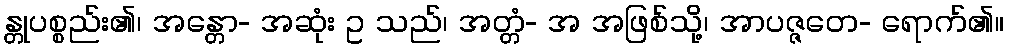
န္တုပစ္စည်း၏၊ အန္တော- အဆုံး ဥ သည်၊ အတ္တံ- အ အဖြစ်သို့၊ အာပဇ္ဇတေ- ရောက်၏။